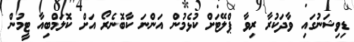
ޑިވިޝަނުގައި ވާދަކުރާ ރިވާ ޕްލޭޓަށް ކުޅެމުން އަންނަ ކާބޮނެރޯ އަށް ކޮލަމްބިއާ ޓީމުން